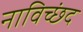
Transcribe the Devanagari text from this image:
नाविच्छंद